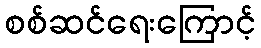
စစ်ဆင်ရေးကြောင့်